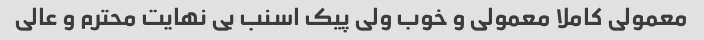
معمولی کاملا معمولی و خوب ولی پیک اسنب بی نهایت محترم و عالی